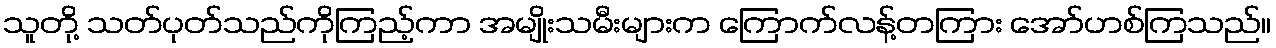
သူတို့ သတ်ပုတ်သည်ကိုကြည့်ကာ အမျိုးသမီးများက ကြောက်လန့်တကြား အော်ဟစ်ကြသည်။